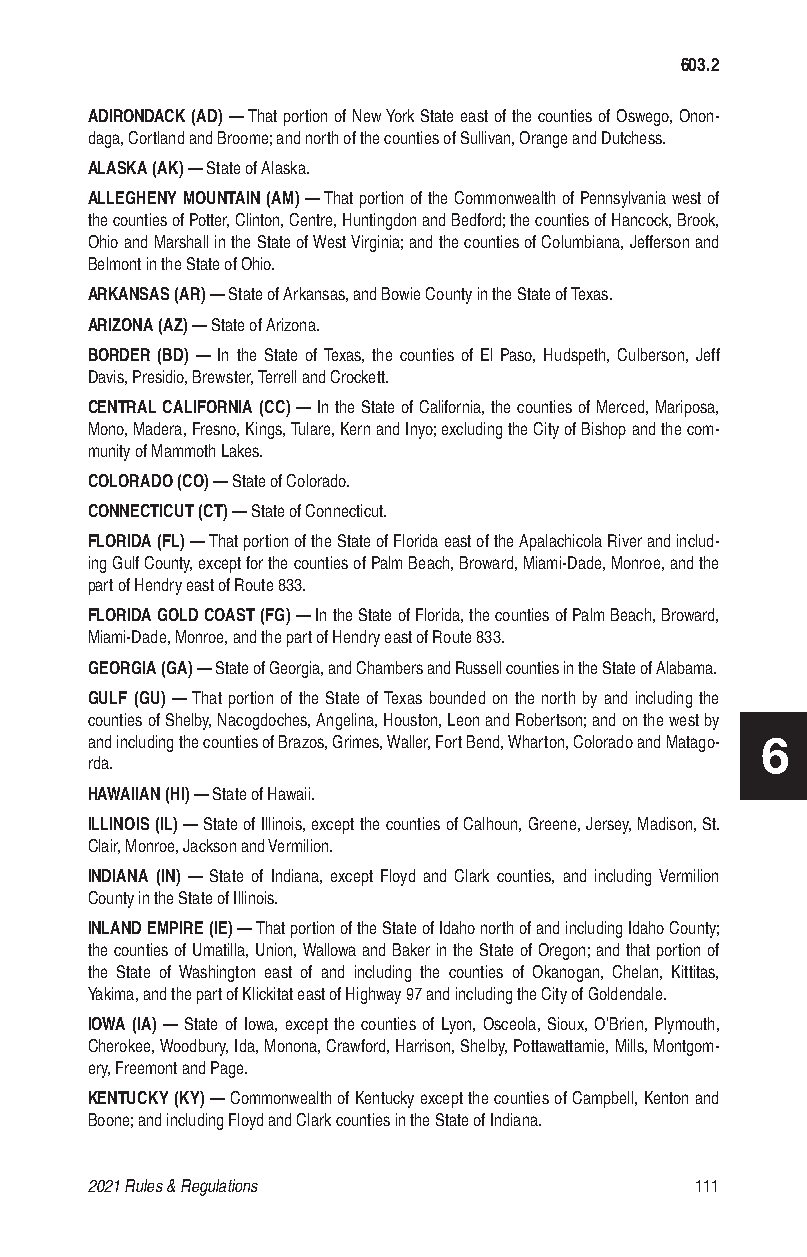
603.2
 ADIRONDACK (AD) — That portion of New York State east of the counties of Oswego, Onon-
 daga, Cortland and Broome; and north of the counties of Sullivan, Orange and Dutchess.
 ALASKA (AK) — State of Alaska.
 ALLEGHENY MOUNTAIN (AM) — That portion of the Commonwealth of Pennsylvania west of
 the counties of Potter, Clinton, Centre, Huntingdon and Bedford; the counties of Hancock, Brook,
 Ohio and Marshall in the State of West Virginia; and the counties of Columbiana, Jefferson and
 Belmont in the State of Ohio.
 ARKANSAS (AR) — State of Arkansas, and Bowie County in the State of Texas.
 ARIZONA (AZ) — State of Arizona.
 BORDER (BD) — In the State of Texas, the counties of El Paso, Hudspeth, Culberson, Jeff
 Davis, Presidio, Brewster, Terrell and Crockett.
 CENTRAL CALIFORNIA (CC) — In the State of California, the counties of Merced, Mariposa,
 Mono, Madera, Fresno, Kings, Tulare, Kern and Inyo; excluding the City of Bishop and the com-
 munity of Mammoth Lakes.
 COLORADO (CO) — State of Colorado.
 CONNECTICUT (CT) — State of Connecticut.
 FLORIDA (FL) — That portion of the State of Florida east of the Apalachicola River and includ-
 ing Gulf County, except for the counties of Palm Beach, Broward, Miami-Dade, Monroe, and the
 part of Hendry east of Route 833.
 FLORIDA GOLD COAST (FG) — In the State of Florida, the counties of Palm Beach, Broward,
 Miami-Dade, Monroe, and the part of Hendry east of Route 833.
 GEORGIA (GA) — State of Georgia, and Chambers and Russell counties in the State of Alabama.
 GULF (GU) — That portion of the State of Texas bounded on the north by and including the
 counties of Shelby, Nacogdoches, Angelina, Houston, Leon and Robertson; and on the west by
 and including the counties of Brazos, Grimes, Waller, Fort Bend, Wharton, Colorado and Matago- 6
 rda.
 HAWAIIAN (HI) — State of Hawaii.
 ILLINOIS (IL) — State of Illinois, except the counties of Calhoun, Greene, Jersey, Madison, St.
 Clair, Monroe, Jackson and Vermilion.
 INDIANA (IN) — State of Indiana, except Floyd and Clark counties, and including Vermilion
 County in the State of Illinois.
 INLAND EMPIRE (IE) — That portion of the State of Idaho north of and including Idaho County;
 the counties of Umatilla, Union, Wallowa and Baker in the State of Oregon; and that portion of
 the State of Washington east of and including the counties of Okanogan, Chelan, Kittitas,
 Yakima, and the part of Klickitat east of Highway 97 and including the City of Goldendale.
 IOWA (IA) — State of Iowa, except the counties of Lyon, Osceola, Sioux, O’Brien, Plymouth,
 Cherokee, Woodbury, Ida, Monona, Crawford, Harrison, Shelby, Pottawattamie, Mills, Montgom-
 ery, Freemont and Page.
 KENTUCKY (KY) — Commonwealth of Kentucky except the counties of Campbell, Kenton and
 Boone; and including Floyd and Clark counties in the State of Indiana.
 2021 Rules & Regulations                111